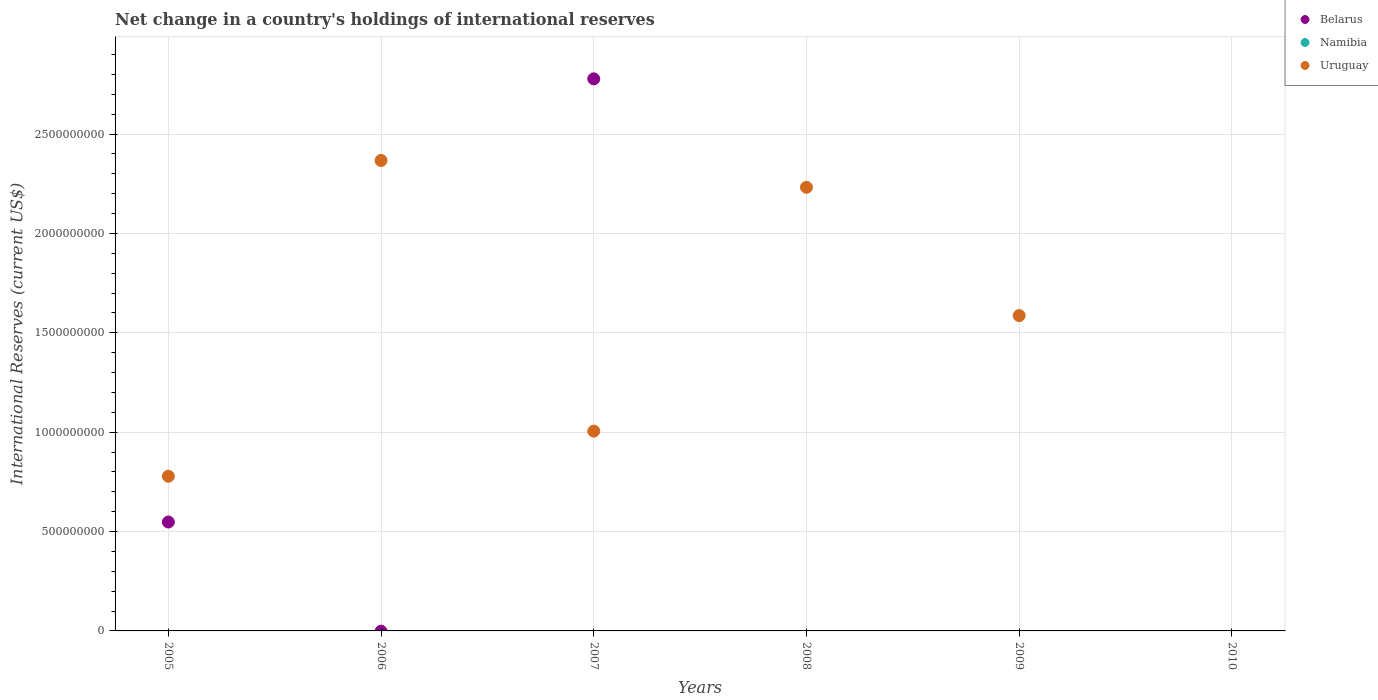
| Years | Belarus | Namibia | Uruguay |
 | --- | --- | --- | --- |
 | 2005 | 5.48e+08 | -4.01e+08 | 7.78e+08 |
 | 2006 | -1.39e+06 | -3.03e+08 | 2.37e+09 |
 | 2007 | 2.78e+09 | -2.05e+08 | 1.01e+09 |
 | 2008 | -1e+09 | -1.13e+08 | 2.23e+09 |
 | 2009 | -4.14e+08 | -5.08e+08 | 1.59e+09 |
 | 2010 | -1.48e+09 | -1.02e+09 | -3.62e+08 |